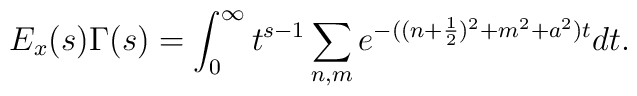
E_x(s) \Gamma(s)=\int^{\infty}_0     t^{s-1} \sum_{n,m} e^{-((n+\frac{1}{2})^2+m^2+a^2)t} dt.